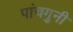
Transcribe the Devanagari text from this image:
पांचगुनी